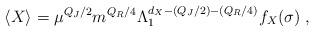
LaTeX: \begin{align*} \langle X \rangle = \mu^{Q_J/2} m^{Q_R/4}\Lambda_1^{d_X -(Q_J/2)-(Q_R/4)} f_X(\sigma)\;,\end{align*}